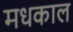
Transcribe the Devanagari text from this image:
मधकाल